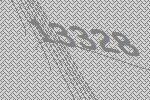
13328